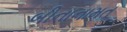
બીનાનામત